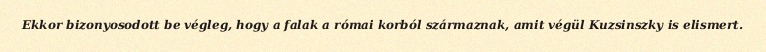
Ekkor bizonyosodott be végleg, hogy a falak a római korból származnak, amit végül Kuzsinszky is elismert.